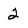
Character: 2